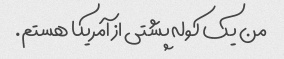
من یک کوله پشتی از آمریکا هستم.